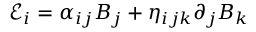
\mathcal { E } _ { i } = \alpha _ { i j } B _ { j } + \eta _ { i j k } \partial _ { j } B _ { k }